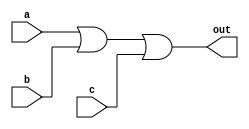
`timescale 1 ns / 1 ns

module or3(a, b, c, out);

input a, b, c;
output out;

assign #10 out = a | b | c;
endmodule